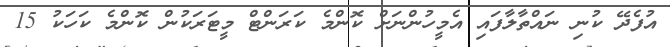
އުފެދޭ ކުނި ނައްތާލާފައި އެމީހުންނަށް ކޮންމެ ކަރަންޓް މީޓަރަކުން ކޮންމެ ކަހަކު 15